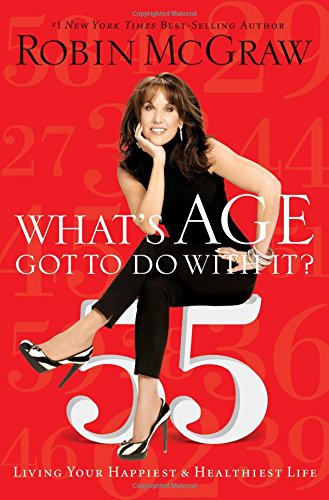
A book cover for What's Age Got to Do with It?: Living Your Healthiest and Happiest Life; Robin McGraw; Health, Fitness & Dieting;